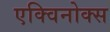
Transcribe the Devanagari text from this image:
एक्विनोक्स